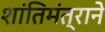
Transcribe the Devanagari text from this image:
शांतिमंत्राने